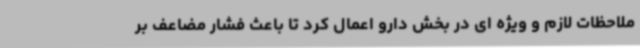
ملاحظات لازم و ویژه ای در بخش دارو اعمال کرد تا باعث فشار مضاعف بر